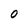
Character: 0